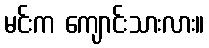
မင်းက ကျောင်းသားလား။